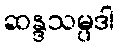
ဆန္ဒသမ္ပဒါ